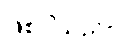
ဖြစ်ပါသည်။